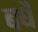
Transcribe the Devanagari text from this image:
बधै